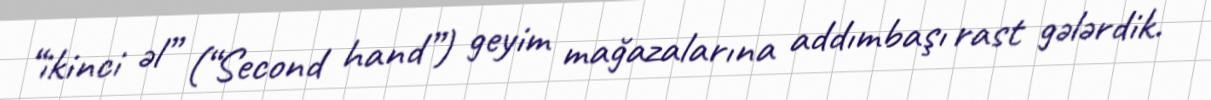
“ikinci əl” (“Second hand”) geyim mağazalarına addımbaşı rast gələrdik.